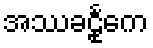
အဿခဠုင်္ကေ